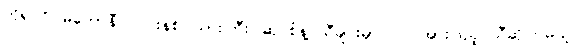
ကိုရင်ဂို၊ မကော်နီ၊ လင်းနစ်၊ သားကြီး၊ ဆိုင်စံနဲ့ သီချင်းမှာ ပါဝင်အားဖြည့် သီဆိုကြမယ့်